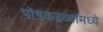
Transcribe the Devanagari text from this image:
पोषकद्रव्यांमध्ये